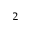
^ 2